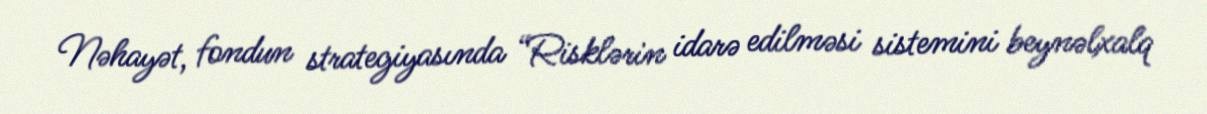
Nəhayət, fondun strategiyasında “Risklərin idarə edilməsi sistemini beynəlxalq